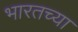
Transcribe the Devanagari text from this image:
भारतच्या